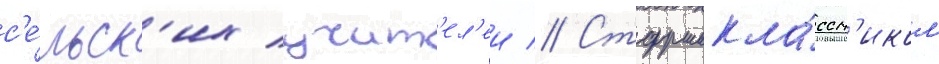
с'е́льск'их учит'ел'еи // Старшекла́ссн'иком